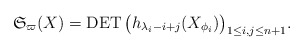
\begin{gather*}\mathfrak{S}_{\varpi}(X)= \operatorname{DET} \big( h_{\lambda_i-i+j}(X_{\phi_{i}}) \big)_{1 \le i,j \le n+1}.\end{gather*}